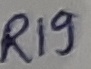
Text: R19